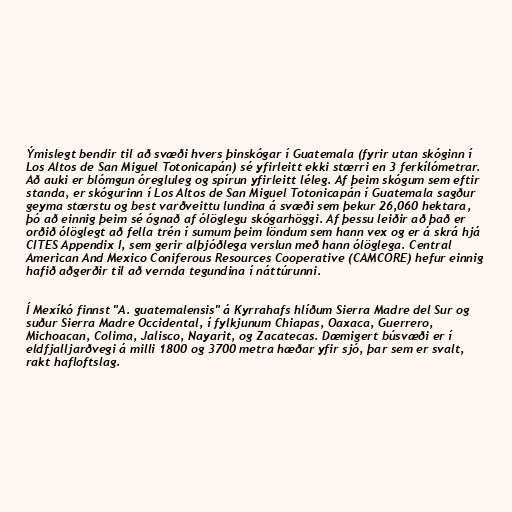
Ýmislegt bendir til að svæði hvers þinskógar í Guatemala (fyrir utan skóginn í
Los Altos de San Miguel Totonicapán) sé yfirleitt ekki stærri en 3 ferkílómetrar.
Að auki er blómgun óregluleg og spírun yfirleitt léleg. Af þeim skógum sem eftir
standa, er skógurinn í Los Altos de San Miguel Totonicapán í Guatemala sagður
geyma stærstu og best varðveittu lundina á svæði sem þekur 26,060 hektara,
þó að einnig þeim sé ógnað af ólöglegu skógarhöggi. Af þessu leiðir að það er
orðið ólöglegt að fella trén í sumum þeim löndum sem hann vex og er á skrá hjá
CITES Appendix I, sem gerir alþjóðlega verslun með hann ólöglega. Central
American And Mexico Coniferous Resources Cooperative (CAMCORE) hefur einnig
hafið aðgerðir til að vernda tegundina í náttúrunni.

Í Mexíkó finnst "A. guatemalensis" á Kyrrahafs hlíðum Sierra Madre del Sur og
suður Sierra Madre Occidental, í fylkjunum Chiapas, Oaxaca, Guerrero,
Michoacan, Colima, Jalisco, Nayarit, og Zacatecas. Dæmigert búsvæði er í
eldfjalljarðvegi á milli 1800 og 3700 metra hæðar yfir sjó, þar sem er svalt,
rakt hafloftslag.